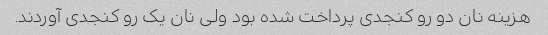
هزینه نان دو رو کنجدی پرداخت شده بود ولی نان یک رو کنجدی آوردند.